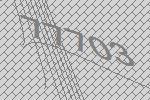
77703